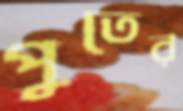
পুতের